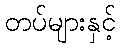
တပ်များနှင့်